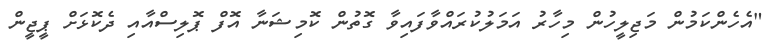
"އެހެންކަމުން މަޖިލީހުން މިހާރު އަމަލުކުރައްވާފައިވާ ގޮތުން ކޮމިޝަނާ އޮފް ޕޮލިސްއާއި ދެކޮޅަށް ޕީޖީން